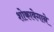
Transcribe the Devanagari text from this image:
शोकावेगाने